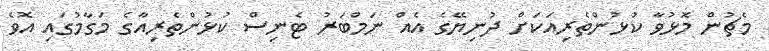
މެޗުން މޮޅުވާ ކުޅުންތެރިއަކަށް ދުނިޔޭގެ އެއް ނަމްބަރު ޓެނިސް ކުޅުންތެރިއާގެ މަގާމުގައި އޮވެ